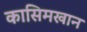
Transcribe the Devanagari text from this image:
कासिमखान